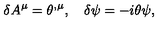
\delta A ^ { \mu } = \theta ^ { , \mu } , \quad \delta \psi = - i \theta \psi ,